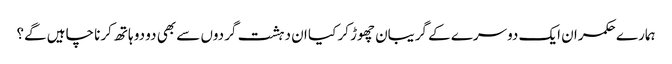
ہمارے حکمران ایک دوسرے کے گریبان چھوڑ کر کیا ان دہشت گردوں سے بھی دو دو ہاتھ کرنا چاہیں گے؟